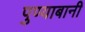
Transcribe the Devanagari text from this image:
पुण्याबानी